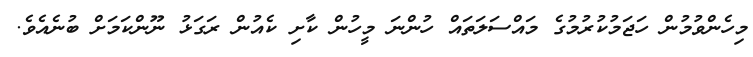
މިހެންވުމުން ހަޖަމުކުރުމުގެ މައްސަލަތައް ހުންނަ މީހުން ކާށި ކެއުން ރަގަޅު ނޫންކަމަށް ބުނެއެވެ.